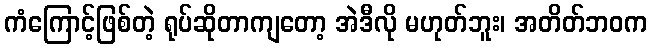
ကံကြောင့်ဖြစ်တဲ့ ရုပ်ဆိုတာကျတော့ အဲဒီလို မဟုတ်ဘူး၊ အတိတ်ဘဝက